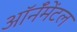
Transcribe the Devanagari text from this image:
ऑर्नॅमेंटल